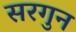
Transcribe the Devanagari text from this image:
सरगुन